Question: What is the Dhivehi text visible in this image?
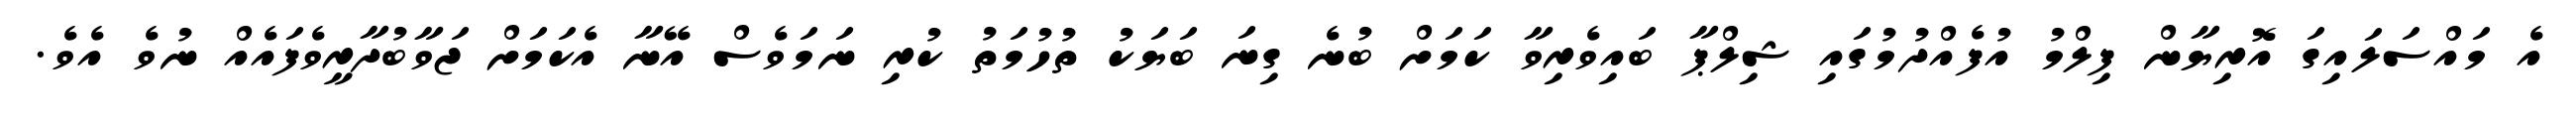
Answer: އެ މައްސަލައިގަ އޮރިޔާން ފިލްމު އުފެއްދުމުގައި ޝިލްޕާ ބައިވެރިވާ ކަމަށް ބުނެ ގިނަ ބަޔަކު ތުހުމަތު ކުރި ނަމަވެސް އޭނާ އެކަމަށް ޖަވާބުދާރީވެފައެއް ނުވެ އެވެ.